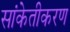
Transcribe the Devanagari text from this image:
सांकेतीकरण